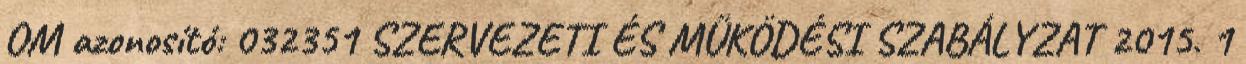
OM azonosító: 032351 SZERVEZETI ÉS MŰKÖDÉSI SZABÁLYZAT 2015. 1